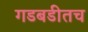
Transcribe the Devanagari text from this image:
गडबडीतच